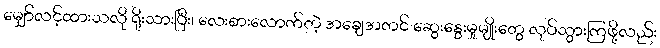
မျှော်လင့်ထားသလို ရိုးသားပြီး၊ လေးစားလောက်တဲ့ အချေအတင် ဆွေးနွေးမှုမျိုးတွေ လုပ်သွားကြဖို့လည်း